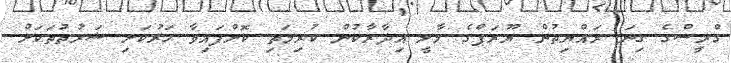
ގްރީސްގެ ގިނަ ރައްޔިތުން ޔޫރަޕްގެ މާލީ އިދާރާކުން ކުރިމަތި ކޮށްފައިވާ ހަރުކަށި ޝަރުތުތަކަށް